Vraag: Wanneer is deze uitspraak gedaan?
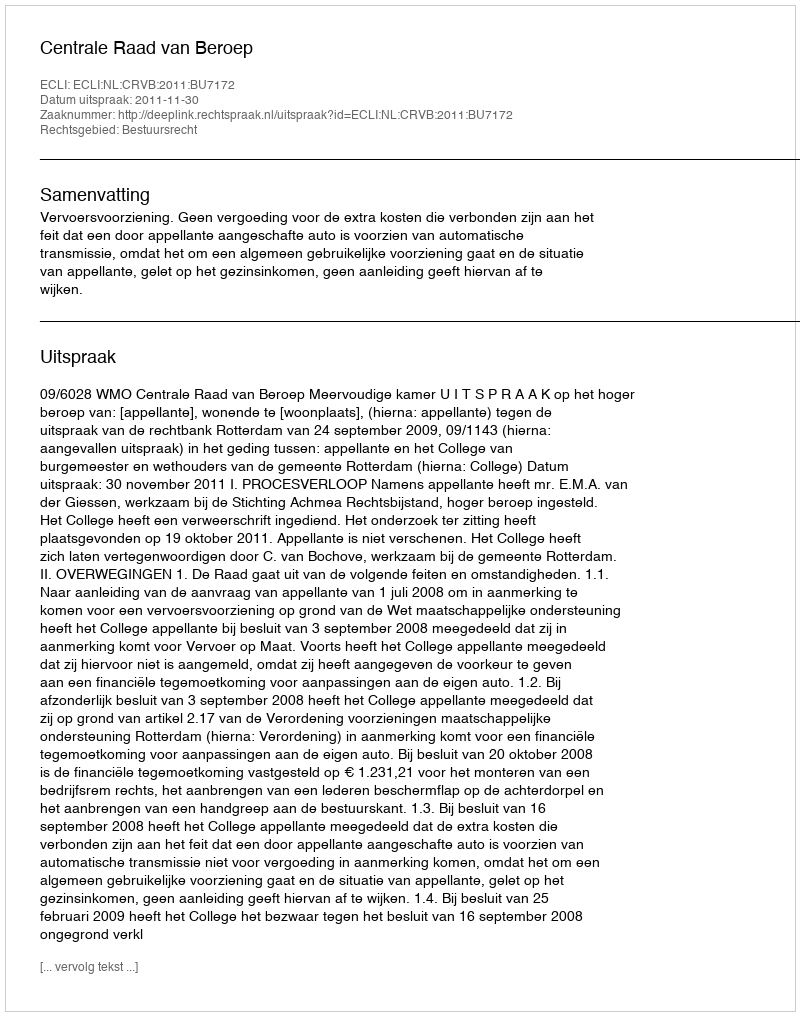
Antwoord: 2011-11-30